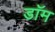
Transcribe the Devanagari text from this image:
डाॅम